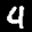
Label: 4